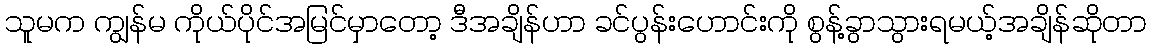
သူမက ကျွန်မ ကိုယ်ပိုင်အမြင်မှာတော့ ဒီအချိန်ဟာ ခင်ပွန်းဟောင်းကို စွန့်ခွာသွားရမယ့်အချိန်ဆိုတာ